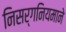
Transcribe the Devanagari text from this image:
निसर्गनियमाने